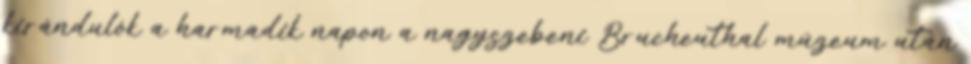
kirándulók a harmadik napon a nagyszebeni Brucheuthal múzeum után